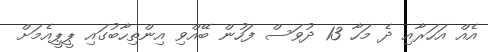
އެއް އަހަރާއި ދެ މަހާ 13 ދުވަސް ފަހުން ބޭއްވި އިންތިހާބުގައި ޕީޕީއެމަށް